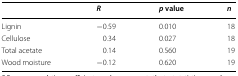
|  | R | p value | n |
 | --- | --- | --- | --- |
 | Lignin | −0.59 | 0.010 | 18 |
 | Cellulose | 0.34 | 0.027 | 18 |
 | Total acetate | 0.14 | 0.560 | 19 |
 | Wood moisture | −0.12 | 0.620 | 19 |